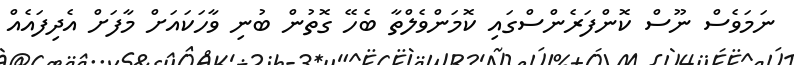
ނަމަވެސް ނޫސް ކޮންފަރެންސްގައި ކޮމަންވެލްތާ ބެހޭ ގޮތުން ބުނި ވާހަކައަށް މާފަށް އެދިފައެއް